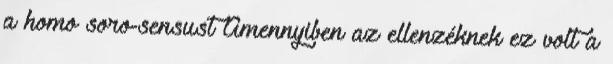
a homo soro-­sensust Amennyiben az ellenzéknek ez volt a